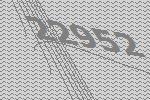
22952